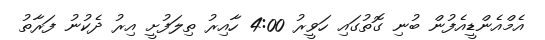
އެމްއެންޑީއެފުން ބުނި ގޮތުގައި ހަވީރު 4:00 ހާއިރު ތިލަފުށީ އިރު ދެކުނު ފަރާތު